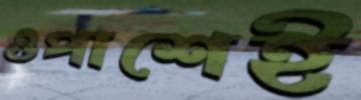
ওপাশেই